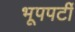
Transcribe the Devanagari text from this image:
भूपपर्टी